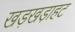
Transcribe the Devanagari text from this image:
खड़खडा़हट